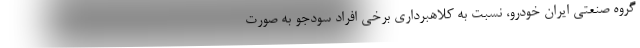
گروه صنعتی ایران خودرو، نسبت به کلاهبرداری برخی افراد سودجو به صورت